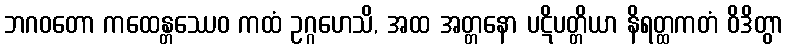
ဘဂဝတော ကထေန္တဿေဝ ကထံ ဥဂ္ဂဟေသိ, အထ အတ္တနော ပဋိပတ္တိယာ နိရတ္ထကတံ ဝိဒိတွာ